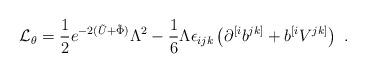
LaTeX: \begin{align*}{\cal{L}}_{\theta} = {1 \over 2} e^{-2(\tilde{U}+\tilde{\Phi})}\Lambda^2 -{1 \over 6}\Lambda\epsilon_{ijk} \left(\partial^{[i}b^{jk]} +b^{[i}V^{jk]}\right) \ . \end{align*}